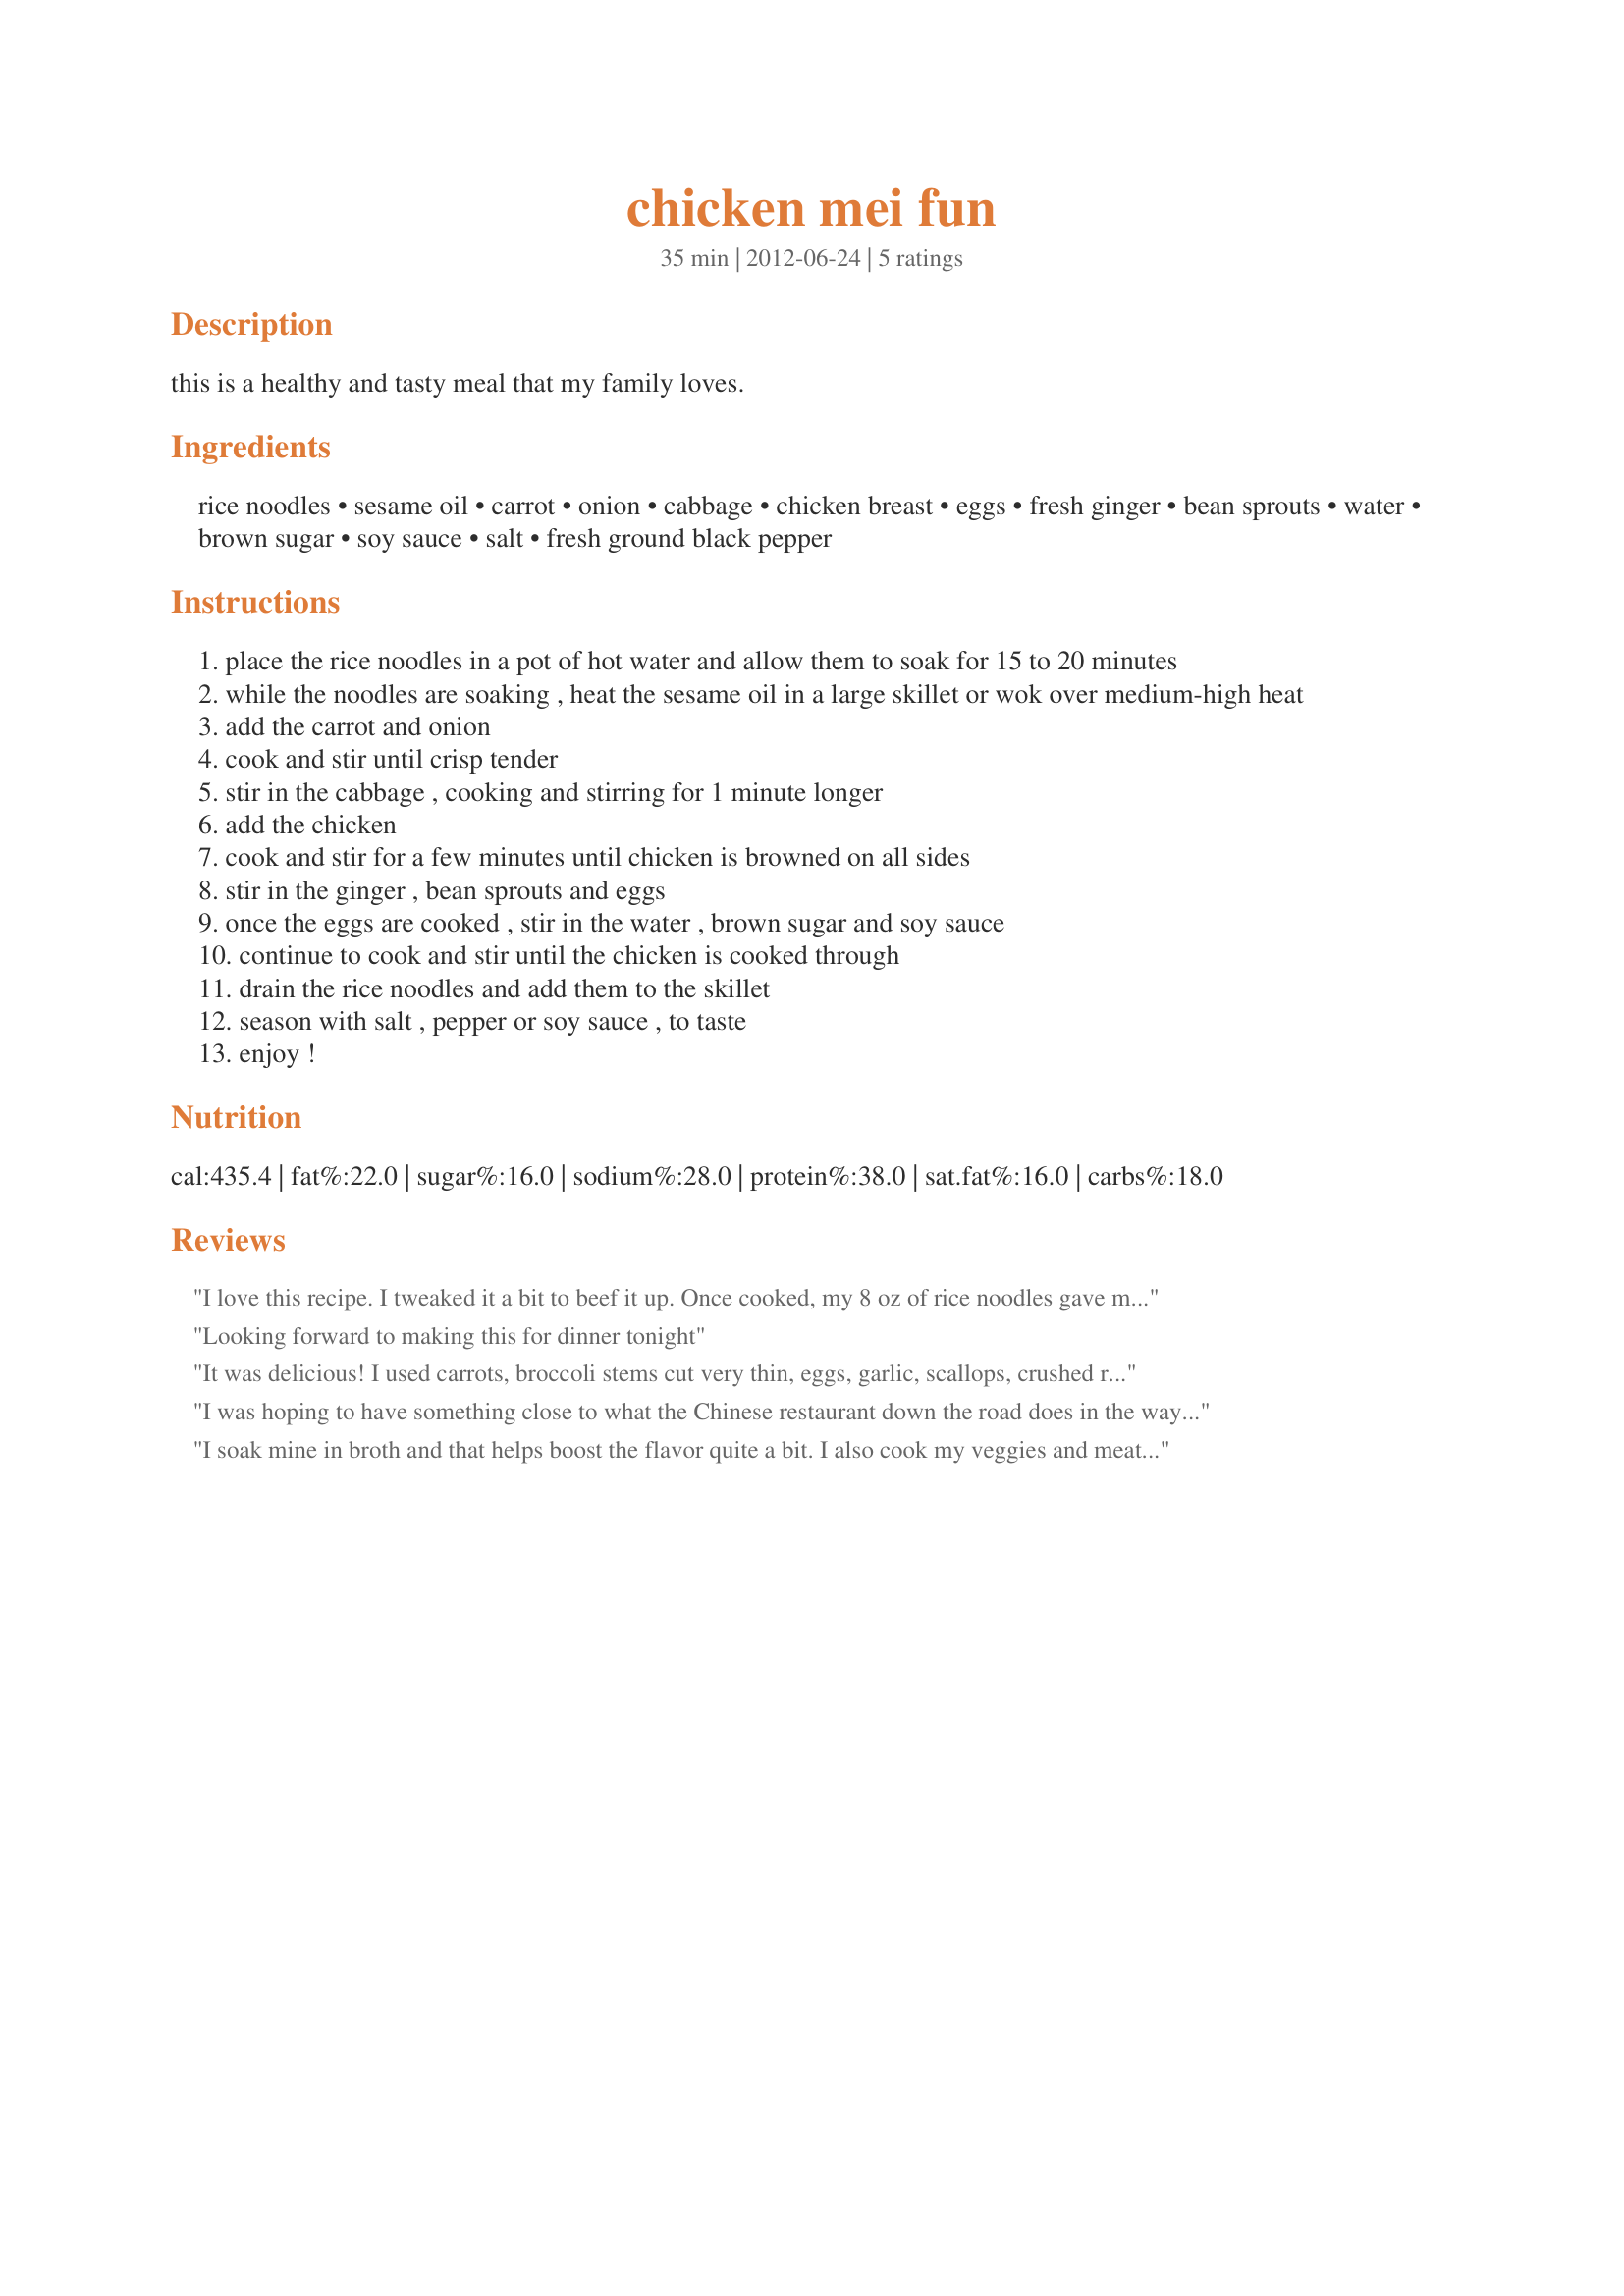
chicken mei fun
Preparation time: 35 minutes

this is a healthy and tasty meal that my family loves.

Ingredients:
rice noodles, sesame oil, carrot, onion, cabbage, chicken breast, eggs, fresh ginger, bean sprouts, water, brown sugar, soy sauce, salt, fresh ground black pepper

Steps:
place the rice noodles in a pot of hot water and allow them to soak for 15 to 20 minutes
while the noodles are soaking , heat the sesame oil in a large skillet or wok over medium-high heat
add the carrot and onion
cook and stir until crisp tender
stir in the cabbage , cooking and stirring for 1 minute longer
add the chicken
cook and stir for a few minutes until chicken is browned on all sides
stir in the ginger , bean sprouts and eggs
once the eggs are cooked , stir in the water , brown sugar and soy sauce
continue to cook and stir until the chicken is cooked through
drain the rice noodles and add them to the skillet
season with salt , pepper or soy sauce , to taste
enjoy !

Reviews:
I love this recipe. I tweaked it a bit to beef it up. Once cooked, my 8 oz of rice noodles gave me a lot more than I expected. I doubled the veggies, tripled the sauce, and added some crushed red pepper.
Looking forward to making this for dinner tonight
It was delicious! I used carrots, broccoli stems cut very thin, eggs, garlic, scallops, crushed red peppers, soy sauce and salt &amp; pepper...that's it and it was very simple to make.
I was hoping to have something close to what the Chinese restaurant down the road does in the way of Shrimp Mei Fun. This turned out OK, but almost completely tasteless. I can&#039;t cook and then drown it in soy sauce for flavor. I don&#039;t really like soy sauce anyway. What can I do to make it tastier?! Maybe cook the noodles in chicken bullion? Any suggestions?
I soak mine in broth and that helps boost the flavor quite a bit. I also cook my veggies and meat down first and use the added moisture from that to add flavor.
